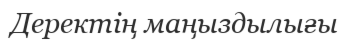
Деректің маңыздылығы